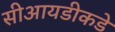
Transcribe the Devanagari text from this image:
सीआयडीकडे